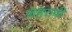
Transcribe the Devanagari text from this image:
जहरावी